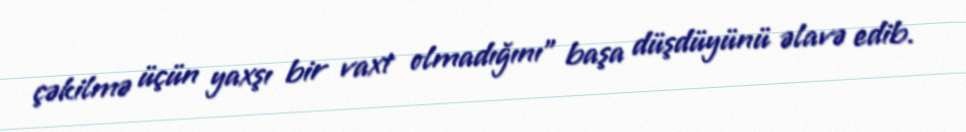
çəkilmə üçün yaxşı bir vaxt olmadığını” başa düşdüyünü əlavə edib.